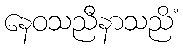
နေဝသညီနာသညိံ